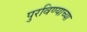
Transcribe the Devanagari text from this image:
पुरविण्याच्या